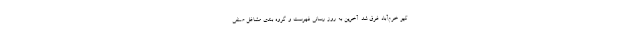
کیو خرم‌آباد غرق شد. آخرین به روز رسانی فهرست و گروه بندی مشاغل صنفی